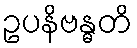
ဥပနိဗန္ဓတိ